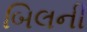
બિલની